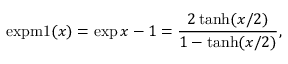
\operatorname { e x p m 1 } ( x ) = \exp x - 1 = { \frac { 2 \operatorname { t a n h } ( x / 2 ) } { 1 - \operatorname { t a n h } ( x / 2 ) } } ,